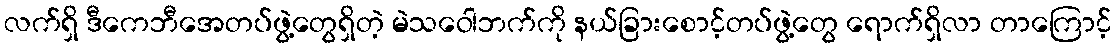
လက်ရှိ ဒီကေဘီအေတပ်ဖွဲ့တွေရှိတဲ့ မဲသဝေါဘက်ကို နယ်ခြားစောင့်တပ်ဖွဲ့တွေ ရောက်ရှိလာ တာကြောင့်